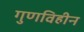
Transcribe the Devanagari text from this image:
गुणविहीन